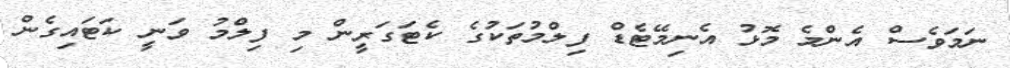
ނަމަވެސް އެންމެ މޮޅު އެނިމޭޓެޑް ފިލްމުތަކުގެ ކެޓަގަރީން މި ފިލްމު ވަނީ ކަޓައިގެން